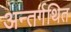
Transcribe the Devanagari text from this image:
अन्तर्गथित